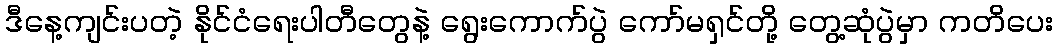
ဒီနေ့ကျင်းပတဲ့ နိုင်ငံရေးပါတီတွေနဲ့ ရွေးကောက်ပွဲ ကော်မရှင်တို့ တွေ့ဆုံပွဲမှာ ကတိပေး